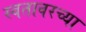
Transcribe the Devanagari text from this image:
स्वतावरच्या